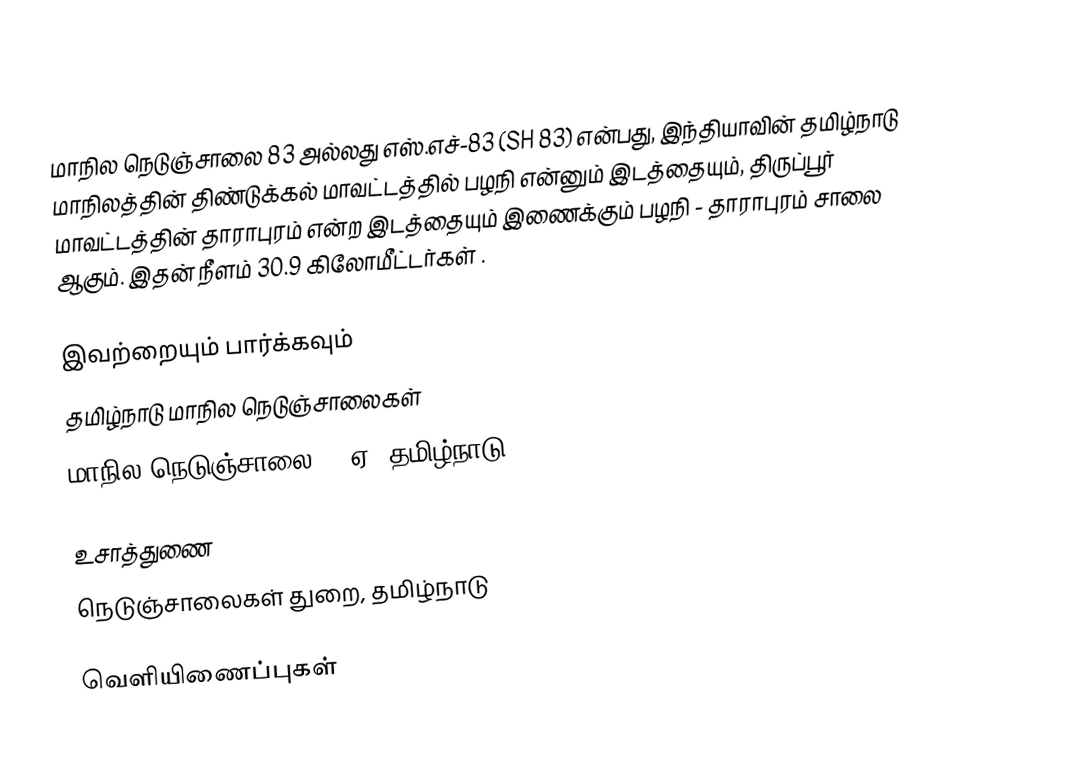
மாநில நெடுஞ்சாலை 83 அல்லது எஸ்.எச்-83 (SH 83) என்பது, இந்தியாவின் தமிழ்நாடு மாநிலத்தின் திண்டுக்கல் மாவட்டத்தில் பழநி என்னும் இடத்தையும், திருப்பூர் மாவட்டத்தின் தாராபுரம் என்ற இடத்தையும் இணைக்கும் பழநி - தாராபுரம் சாலை ஆகும். இதன் நீளம் 30.9  கிலோமீட்டர்கள் .

இவற்றையும் பார்க்கவும்
 தமிழ்நாடு மாநில நெடுஞ்சாலைகள்
மாநில நெடுஞ்சாலை 83 ஏ (தமிழ்நாடு)

உசாத்துணை
 நெடுஞ்சாலைகள் துறை, தமிழ்நாடு

வெளியிணைப்புகள்